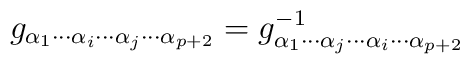
g_{\alpha_1\cdots\alpha_i\cdots\alpha_j\cdots\alpha_{p+2}} = g_{\alpha_1\cdots\alpha_j\cdots\alpha_i\cdots\alpha_{p+2}}^{-1}